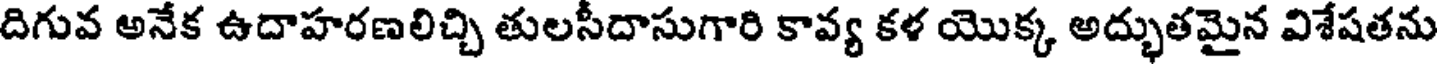
దిగువ అనేక ఉదాహరణలిచ్చి తులసీదాసుగారి కావ్య కళ యొక్క అద్భుతమైన విశేషతను